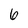
Character: 6